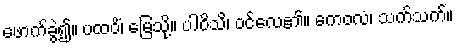
ဖောက်ခွဲ၍။ ပထဝိံ၊ မြေသို့။ ပါဝိသိ၊ ဝင်လေ၏။ ကေဝလံ၊ သက်သက်။